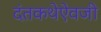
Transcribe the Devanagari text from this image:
दंतकथेऐवजी